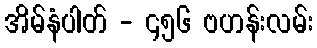
အိမ်နံပါတ် - ၄၅၆ ဗဟန်းလမ်း